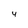
Character: 4